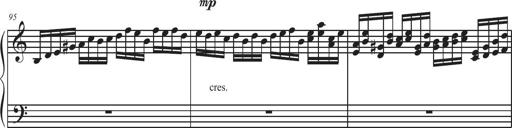
Title: Sonatina Espania
Composer: Jerald Franklin Archer
Key: Various